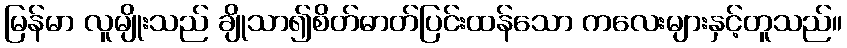
မြန်မာ လူမျိုးသည် ချိုသာ၍စိတ်ဓာတ်ပြင်းထန်သော ကလေးများနှင့်တူသည်။